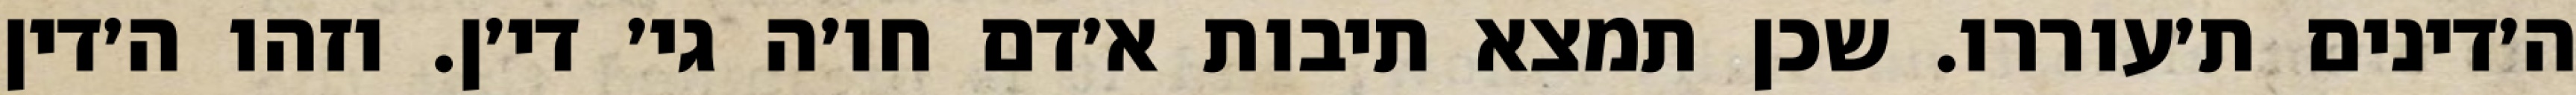
ה׳דינים ת׳עוררו. שכן תמצא תיבות א׳דם חו׳ה גי׳ די׳ן. וזהו ה׳דין